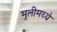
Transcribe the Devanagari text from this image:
मुलीमध्ये